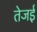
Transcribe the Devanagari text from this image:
तेजई